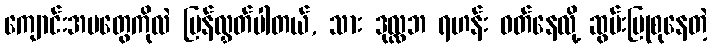
ကျောင်းအမတွေကိုလဲ ပြန်လွှတ်ပါတယ်, သား ဒုလ္လဘ ရဟန်း ဝတ်နေလို့ ဆွမ်းပြုစုနေတဲ့